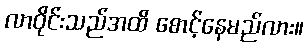
လာဝိုင်းသည်အထိ စောင့်နေမည်လား။